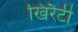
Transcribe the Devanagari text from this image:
खिरैटी